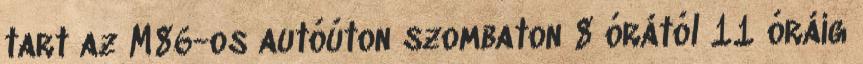
tart az M86-os autóúton szombaton 8 órától 11 óráig